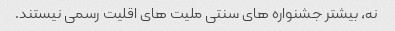
نه، بیشتر جشنواره های سنتی ملیت های اقلیت رسمی نیستند.